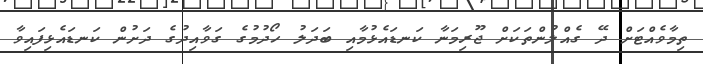
ތިމާވެއްޓަށް ދޭ ގެއްލުންތަކަށް ޖޫރިމަނާ ކަނޑައެޅުމާއި ބަދަލު ހޯދުމުގެ ގަވާއިދުގެ ދަށުން ކަނޑައެޅިފައިވާ